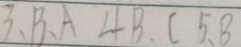
3 、 B 、 A 4 B 、 C 5 、 8